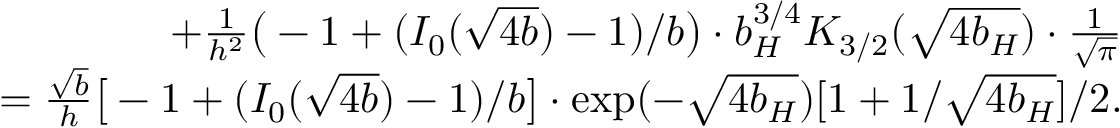
\begin{array} { r l r } & { } & { + { \frac { 1 } { h ^ { 2 } } } \big ( - 1 + ( I _ { 0 } ( \sqrt { 4 b } ) - 1 ) / b \big ) \cdot b _ { H } ^ { 3 / 4 } K _ { 3 / 2 } ( \sqrt { 4 b _ { H } } ) \cdot { \frac { 1 } { \sqrt { \pi } } } } \\ & { } & { = { \frac { \sqrt { b } } { h } } \big [ - 1 + ( I _ { 0 } ( \sqrt { 4 b } ) - 1 ) / b \big ] \cdot \exp ( - \sqrt { 4 b _ { H } } ) [ 1 + 1 / \sqrt { 4 b _ { H } } ] / 2 . } \end{array}